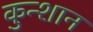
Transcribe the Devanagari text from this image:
कुन्शान